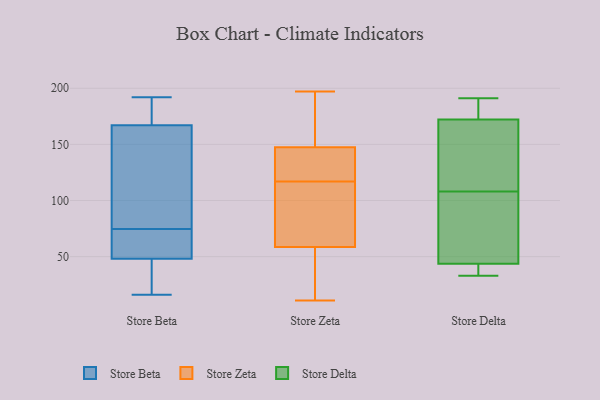
{"axis": {"x": "Bounce Rate (%)", "y": "Value"}, "legend": ["Store Beta", "Store Delta", "Store Zeta"], "data": [{"x": "", "y": 167, "type": "Store Beta"}, {"x": "", "y": 16, "type": "Store Beta"}, {"x": "", "y": 74, "type": "Store Beta"}, {"x": "", "y": 44, "type": "Store Beta"}, {"x": "", "y": 75, "type": "Store Beta"}, {"x": "", "y": 192, "type": "Store Beta"}, {"x": "", "y": 137, "type": "Store Beta"}, {"x": "", "y": 48, "type": "Store Beta"}, {"x": "", "y": 178, "type": "Store Beta"}, {"x": "", "y": 49, "type": "Store Beta"}, {"x": "", "y": 65, "type": "Store Zeta"}, {"x": "", "y": 128, "type": "Store Zeta"}, {"x": "", "y": 121, "type": "Store Zeta"}, {"x": "", "y": 197, "type": "Store Zeta"}, {"x": "", "y": 72, "type": "Store Zeta"}, {"x": "", "y": 117, "type": "Store Zeta"}, {"x": "", "y": 11, "type": "Store Zeta"}, {"x": "", "y": 22, "type": "Store Zeta"}, {"x": "", "y": 45, "type": "Store Zeta"}, {"x": "", "y": 158, "type": "Store Zeta"}, {"x": "", "y": 142, "type": "Store Zeta"}, {"x": "", "y": 149, "type": "Store Zeta"}, {"x": "", "y": 26, "type": "Store Zeta"}, {"x": "", "y": 63, "type": "Store Zeta"}, {"x": "", "y": 153, "type": "Store Zeta"}, {"x": "", "y": 87, "type": "Store Zeta"}, {"x": "", "y": 147, "type": "Store Zeta"}, {"x": "", "y": 191, "type": "Store Delta"}, {"x": "", "y": 189, "type": "Store Delta"}, {"x": "", "y": 152, "type": "Store Delta"}, {"x": "", "y": 111, "type": "Store Delta"}, {"x": "", "y": 59, "type": "Store Delta"}, {"x": "", "y": 179, "type": "Store Delta"}, {"x": "", "y": 33, "type": "Store Delta"}, {"x": "", "y": 108, "type": "Store Delta"}, {"x": "", "y": 37, "type": "Store Delta"}, {"x": "", "y": 40, "type": "Store Delta"}, {"x": "", "y": 55, "type": "Store Delta"}]}